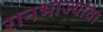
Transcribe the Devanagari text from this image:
रानभाज्यांचा